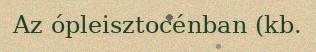
Az ópleisztocénban (kb.